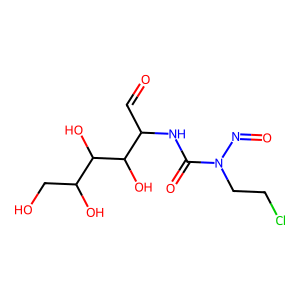
SMILES: O=CC(NC(=O)N(CCCl)N=O)C(O)C(O)C(O)CO
Inhibits HIV replication: No